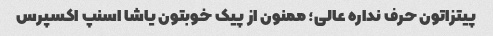
پیتزاتون حرف نداره عالی؛ ممنون از پیک خوبتون یاشا اسنپ اکسپرس